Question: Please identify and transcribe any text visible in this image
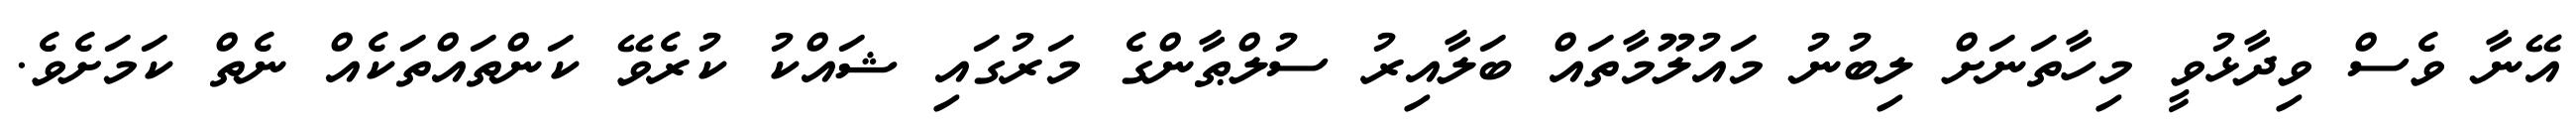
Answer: އޭނާ ވެސް ވިދާޅުވީ މިހާތަނަށް ލިބުނު މައުލޫމާތައް ބަލާއިރު ސުލްޠާންގެ މަރުގައި ޝައްކު ކުރެވޭ ކަންތައްތަކެއް ނެތް ކަމަށެވެ.